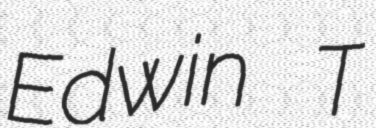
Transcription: Edwin T